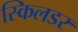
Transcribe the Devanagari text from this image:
स्किलडर